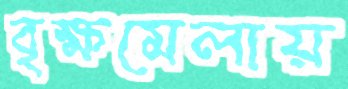
বৃক্ষমেলায়